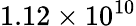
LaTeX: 1.12\times 10^{10}